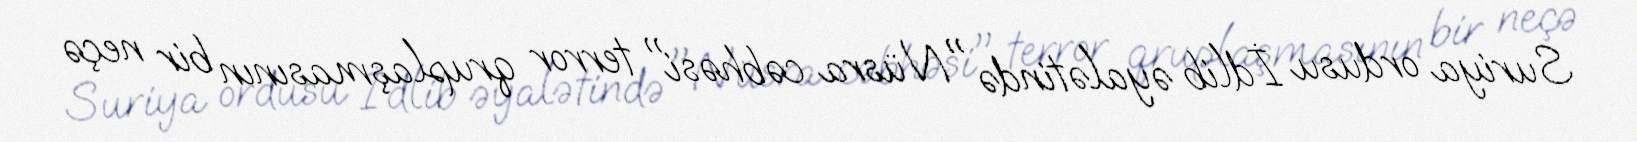
Suriya ordusu İdlib əyalətində "Nüsra cəbhəsi" terror qruplaşmasının bir neçə